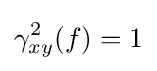
\gamma _{xy}^{2}(f)=1